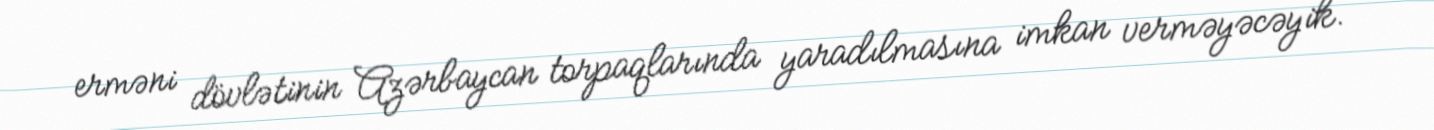
erməni dövlətinin Azərbaycan torpaqlarında yaradılmasına imkan verməyəcəyik.